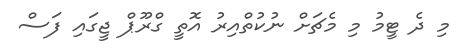
މި ދެ ޓީމު މި މެޗަށް ނުކުތްއިރު އޮތީ ގްރޫޕް ޖީގައި ފަސް